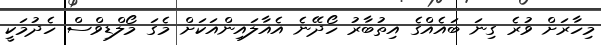
މިހާރަށް ވުރެ ގިނަ ބައެއްގެ އިތުބާރު ހޯދޭނެ އެއާލައިންއަކަށް މެގަ މޯލްޑިވްސް ހެދުމަކީ